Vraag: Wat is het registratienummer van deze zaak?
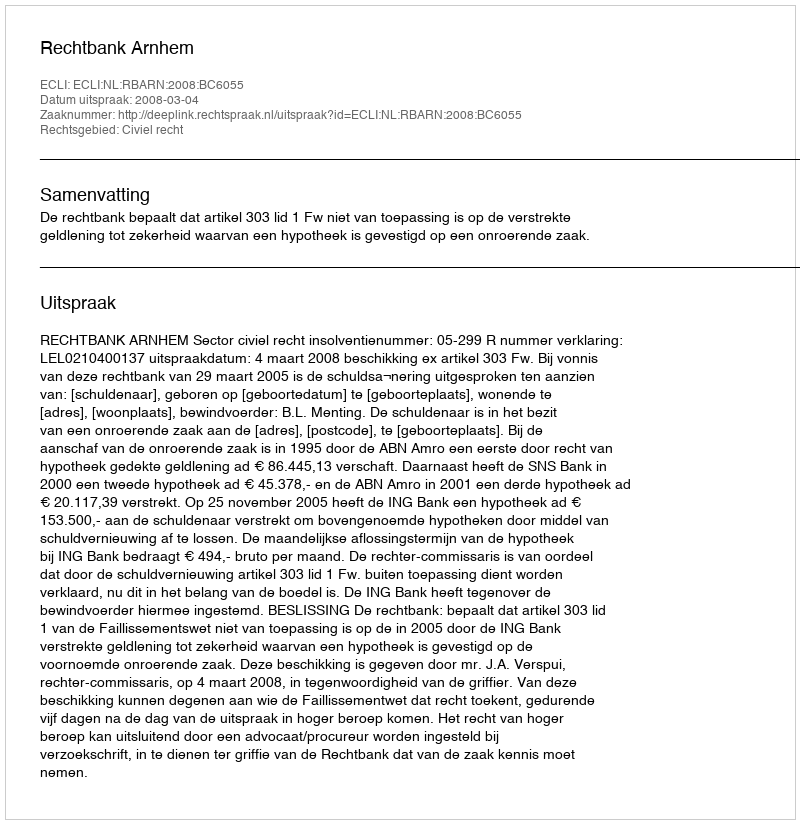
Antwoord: http://deeplink.rechtspraak.nl/uitspraak?id=ECLI:NL:RBARN:2008:BC6055